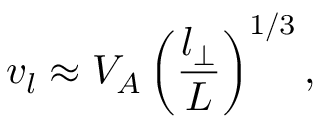
v _ { l } \approx V _ { A } \left( \frac { l _ { \bot } } { L } \right) ^ { 1 / 3 } ,